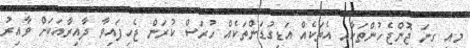
މިއީ ގިނަ ޖޮންޖެހުންތަކާއި އެތަކެއް އަޑިގުޑަންތަކެއް ހުރަސް ކުރަން ޖެހިފައިވާ ދާއިރާއަކަށް ވާއިރު